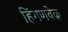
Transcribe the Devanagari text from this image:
हिंगणवेळू